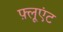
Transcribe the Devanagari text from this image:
फ़्लूएंट